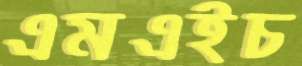
এমএইচ